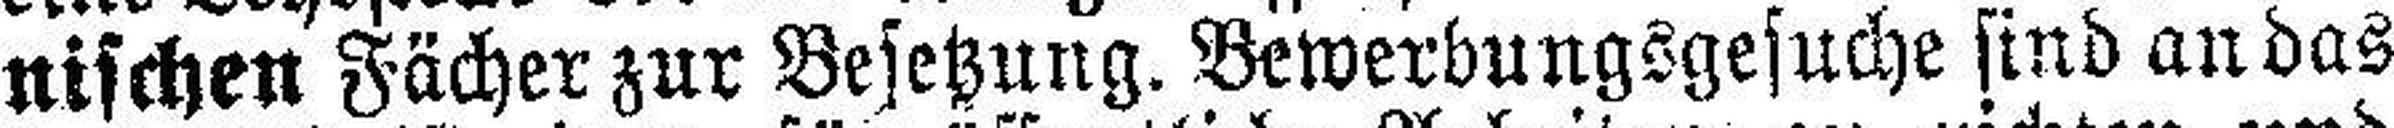
nischen Fächer zur Besetzung. Bewerbungsgesuche sind an das